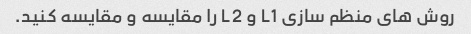
روش های منظم سازی L1 و L2 را مقایسه و مقایسه کنید.